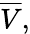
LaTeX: {\overline{{V}}},